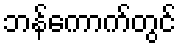
ဘန်ကောက်တွင်